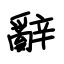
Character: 辭